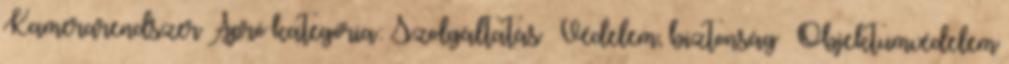
Kamerarendszer Apró kategória: Szolgáltatás » Védelem, biztonság » Objektumvédelem